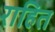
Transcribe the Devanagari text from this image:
राहित